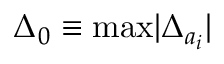
\Delta _ { 0 } \equiv \mathrm { m a x } | \Delta _ { a _ { i } } |